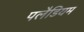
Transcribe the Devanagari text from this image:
पलैडियम